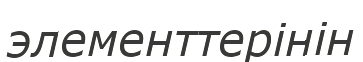
элементтерінін